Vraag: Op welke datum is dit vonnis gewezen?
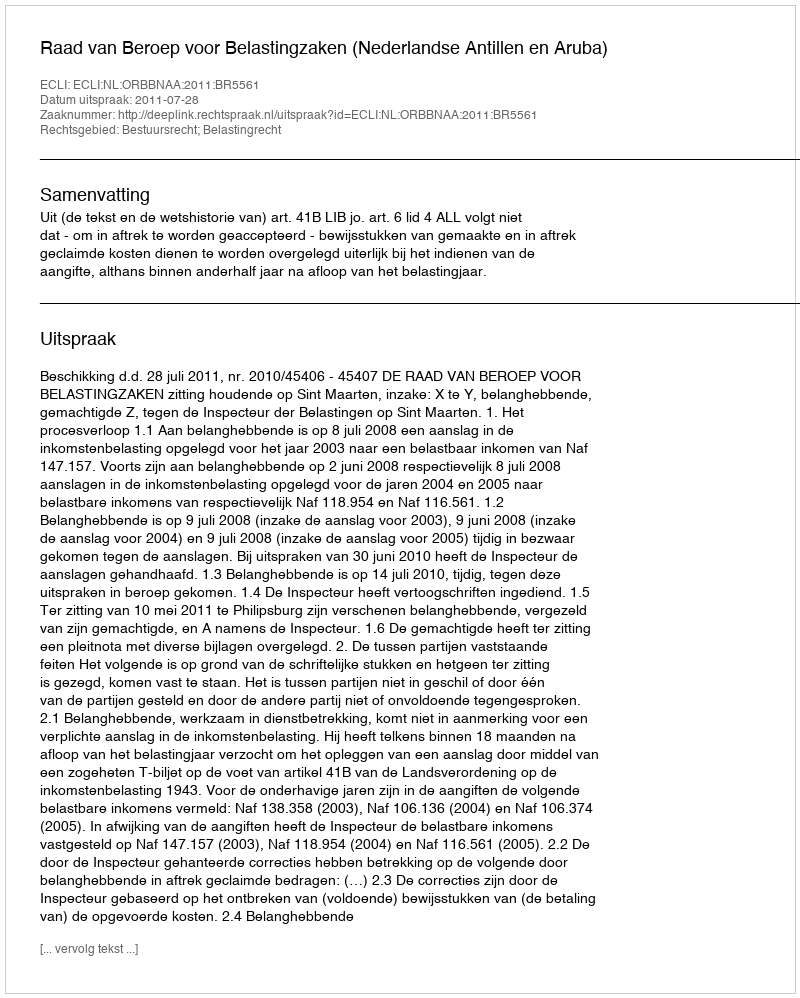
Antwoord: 2011-07-28